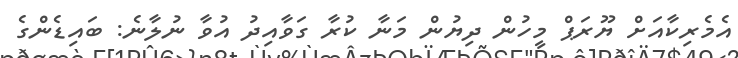
އެމެރިކާއަށް ޔޫރަޕް މީހުން ދިޔުން މަނާ ކުރާ ގަވާއިދު އުވާ ނުލާނެ: ބައިޑެންގެ